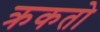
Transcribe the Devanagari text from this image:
क्रकतो